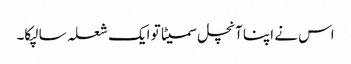
اس نے اپنا آنچل سمیٹا تو ایک شعلہ سا لپکا۔